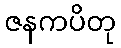
ဇနကပိတု